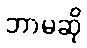
ဘာမဆို